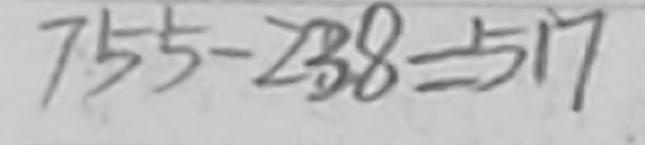
7 5 5 - 2 3 8 = 5 1 7